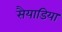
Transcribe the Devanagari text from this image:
सैयाडिया